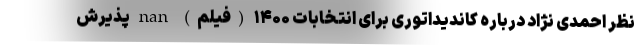
نظر احمدی‌ نژاد درباره کاندیداتوری برای انتخابات ۱۴۰۰ (فیلم) nan پذیرش